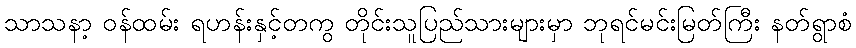
သာသနာ့ ဝန်ထမ်း ရဟန်းနှင့်တကွ တိုင်းသူပြည်သားများမှာ ဘုရင်မင်းမြတ်ကြီး နတ်ရွာစံ